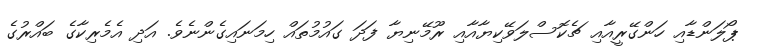
ޕޯލަންޑާއި ހަންގޭރީއާއި ޗެކޮސްލަވޭކިޔާއާއި ރޫމޭނިޔާ ފަދަ ގައުމުތައް ހިމަނައިގެންނެވެ. އަދި އެމެރިކާގެ ބައްރުގެ